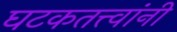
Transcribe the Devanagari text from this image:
घटकतत्त्वांनी